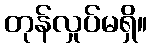
တုန်လှုပ်မရှိ။